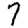
Digit: 7